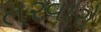
તરવારો